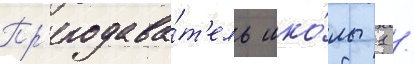
Пр'еподава́т'ель шко́лы 1 /